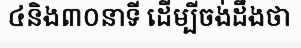
៤និង៣០នាទី ដើម្បីចង់ដឹងថា